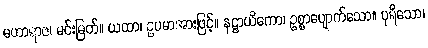
မဟာရာဇ၊ မင်းမြတ်။ ယထာ၊ ဥပမာအားဖြင့်။ နဋ္ဌာယိကော၊ ဥစ္စာပျောက်သော။ ပုရိသော၊